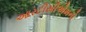
આરટીસીએમનો